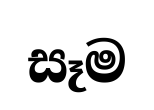
සෑම